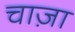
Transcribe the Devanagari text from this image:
चाज़ा